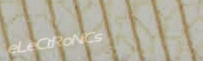
eLeCtRoNiCs